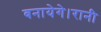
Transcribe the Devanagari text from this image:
बनायेगे।रानी